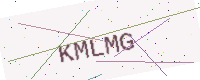
Text: KMLMG